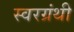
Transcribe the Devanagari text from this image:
स्वरग्रंथी